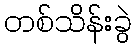
တစ်သိန်းခွဲ